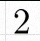
2